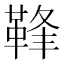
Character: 𩊩